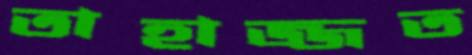
তাহাজ্জত